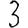
Digit: 3